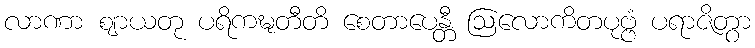
လာဏာ ဈာယတု ပရိကဍ္ဎတီတိ စေတာပေန္တီ ဩလောကိတပုဗ္ဗံ ပရာဇိတွာ